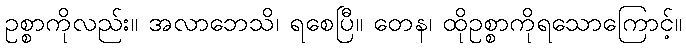
ဥစ္စာကိုလည်း။ အလာဘေသိ၊ ရစေပြီ။ တေန၊ ထိုဥစ္စာကိုရသောကြောင့်။